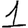
Digit: 1